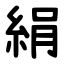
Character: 絹